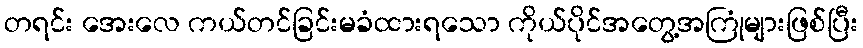
တရင်း အေးလေ ကယ်တင်ခြင်းမခံထားရသော ကိုယ်ပိုင်အတွေ့အကြုံများဖြစ်ပြီး